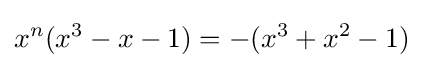
x^{n}(x^{3}-x-1)=-(x^{3}+x^{2}-1)